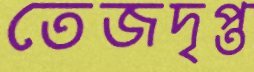
তেজদৃপ্ত